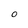
Character: o